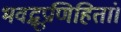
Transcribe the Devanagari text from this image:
भवद्भूप्रणिहितां।